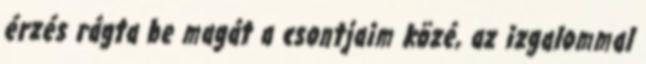
érzés rágta be magát a csontjaim közé, az izgalommal